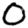
Digit: 0